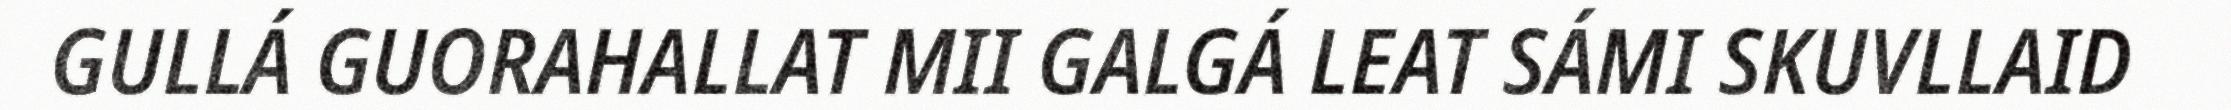
GULLÁ GUORAHALLAT MII GALGÁ LEAT SÁMI SKUVLLAID